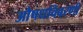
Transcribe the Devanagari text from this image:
औषधविवरणी